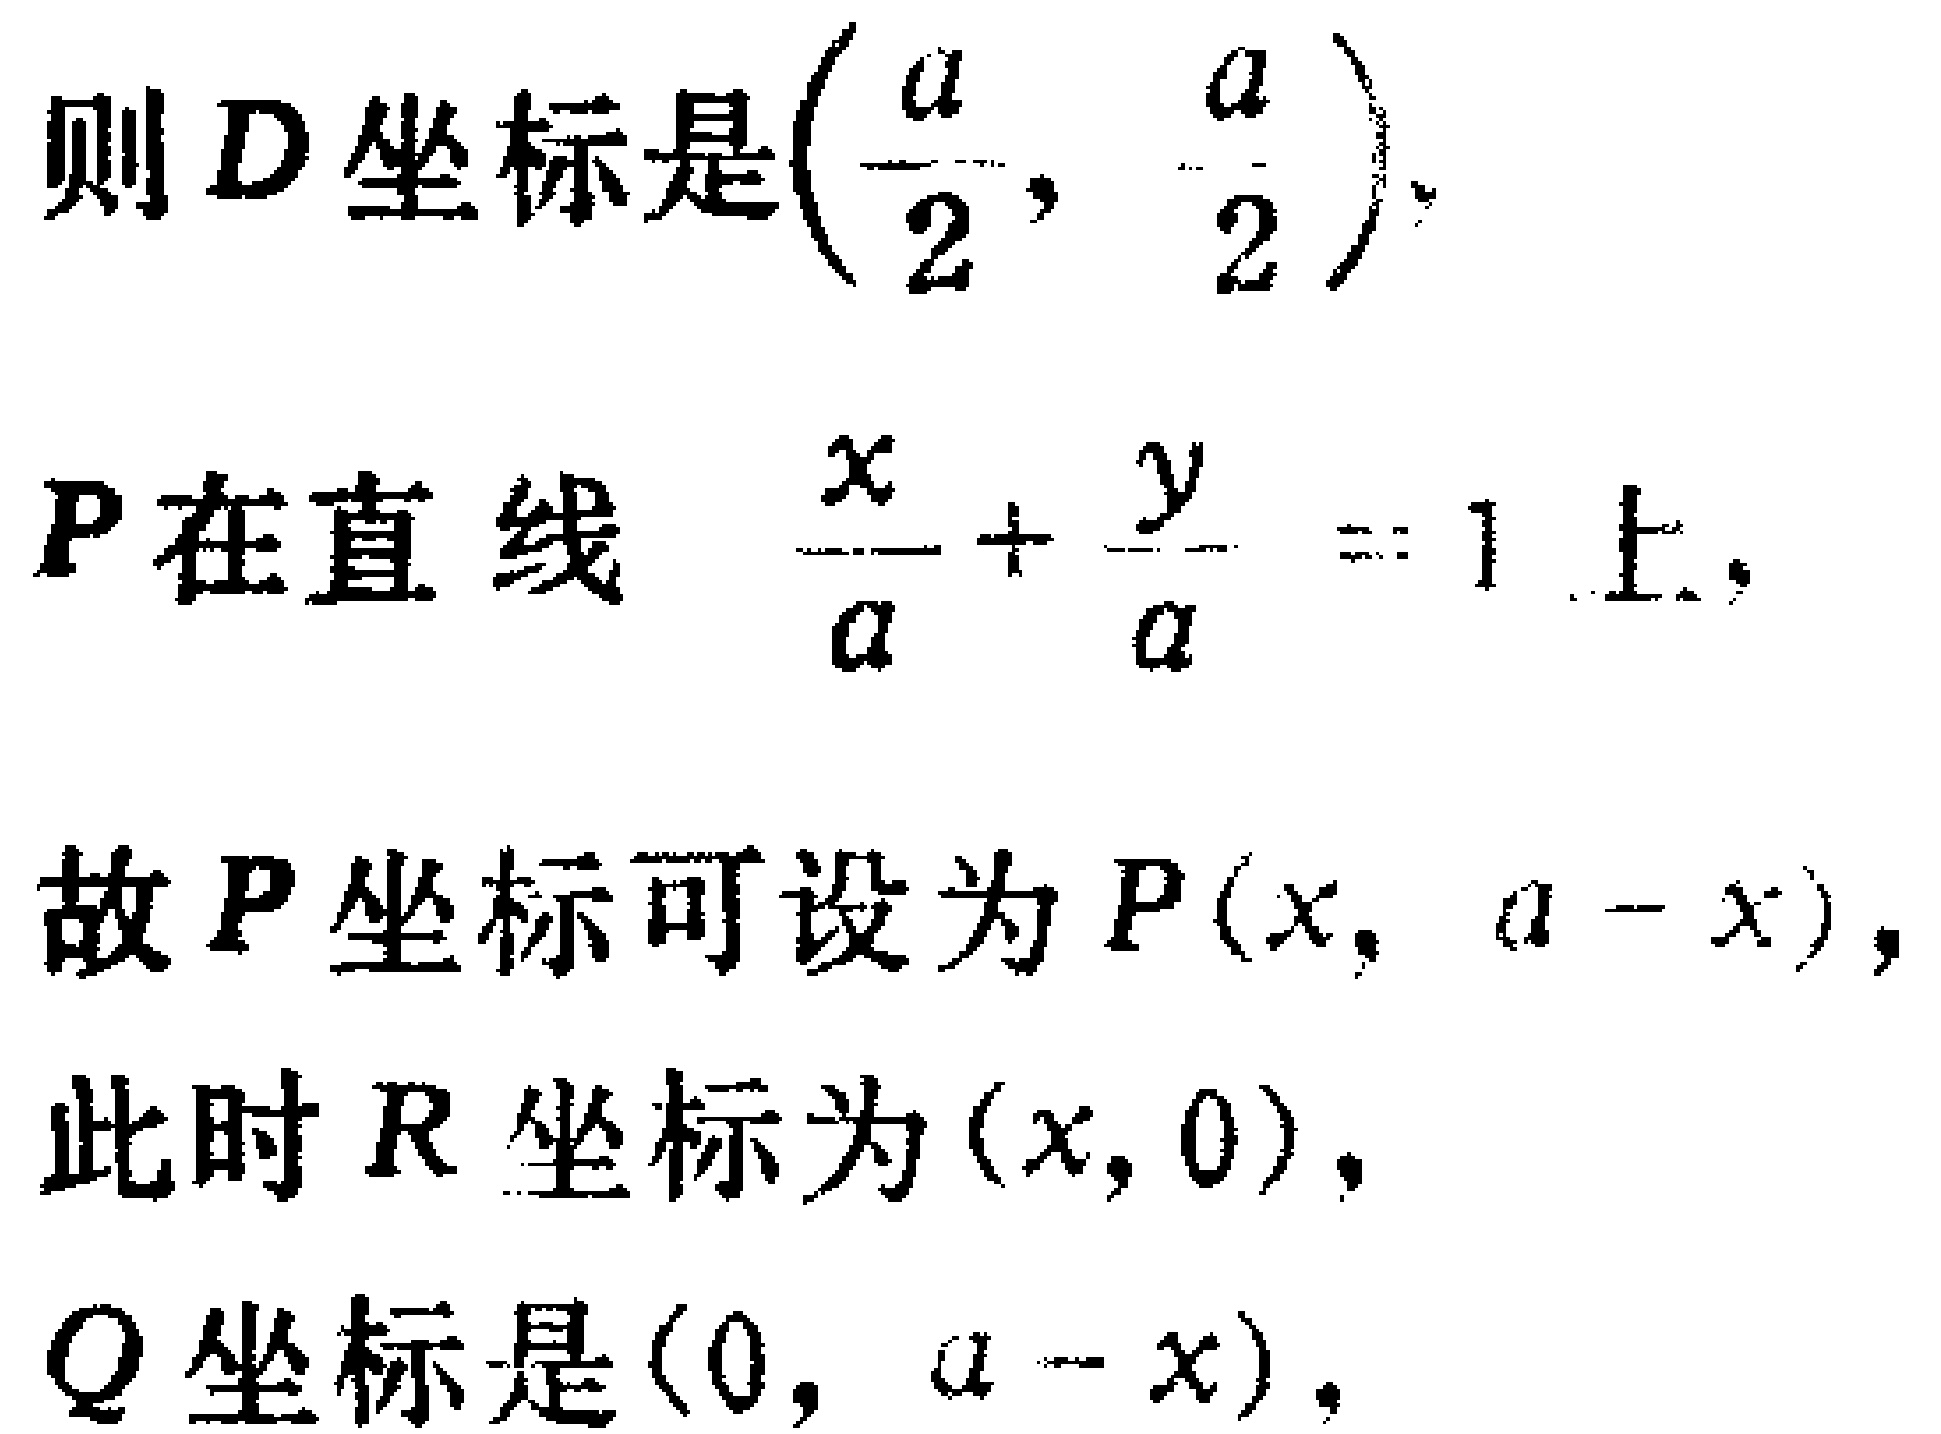
则 \(D\) 坐标是\(\left(\frac{a}{2}, \frac{a}{2}\right)\).
\(P\) 在直线 \(\frac{x}{a}+\frac{y}{a}=1\) 上,
故 \(P\) 坐标可设为 \(P(x, a - x)\),
此时 \(R\) 坐标为 \((x, 0)\),
\(Q\) 坐标是 \((0, a - x)\).